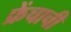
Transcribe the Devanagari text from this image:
फ्रेंचाची